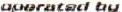
OPERATED BY